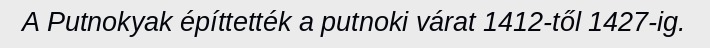
A Putnokyak építtették a putnoki várat 1412-től 1427-ig.